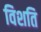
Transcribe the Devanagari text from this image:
विशति